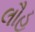
લૌહ